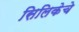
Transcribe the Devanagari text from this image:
सिलिकेचे